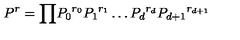
P ^ { r } = { \prod } { P _ { 0 } } ^ { r _ { 0 } } { P _ { 1 } } ^ { r _ { 1 } } \ldots { P _ { d } } ^ { r _ { d } } { P _ { d + 1 } } ^ { r _ { d + 1 } }